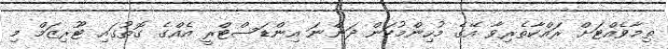
ތިމާވެއްޓަށް ރައްކާތެރިވާ އޭގެ މުހިންމުކަން ދަންނަ އިންޑަސްޓްރީ އެއްގެ ގޮތުގައި ޓޫރިޒަމް މި